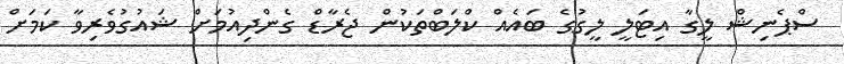
ސްޕެނިޝް ލީގާ އިޓަލީ ލީގުގެ ބައެއް ކްލަބްތަކުން ޖެރާޑް ގެންދިއުމަށް ޝައުގުވެރިވާ ކަމަށް